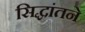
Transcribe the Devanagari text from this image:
सिद्धांतने